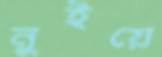
নুইয়ে